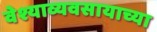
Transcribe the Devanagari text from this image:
वेश्याव्यवसायाच्या